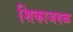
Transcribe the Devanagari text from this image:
शिकाजवळ